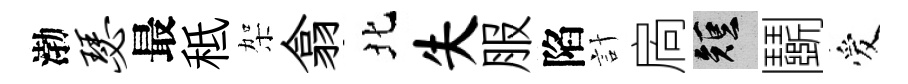
渤瑟最秪架翕北失服陷計扄短鬬爱